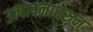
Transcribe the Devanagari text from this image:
उत्पादनावरुन